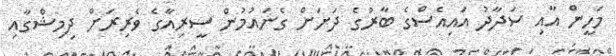
މަހީން އާއި ސަދާދު އައިއެސްގެ ބާރުގެ ދަށަށް ގެނައުމުން ސީރިއާގެ ވެރިރަށް ދިމިޝްގާއި